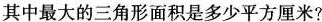
其中最大的三角形面积是多少平方厘米?